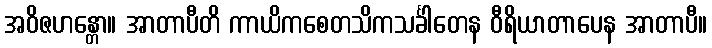
အဝိဇဟန္တော။ အာတာပီတိ ကာယိကစေတသိကသင်္ခါတေန ဝီရိယာတာပေန အာတာပီ။